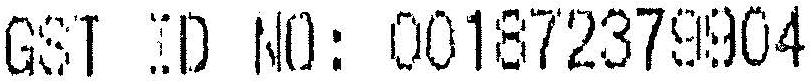
GST ID NO: 001872379904